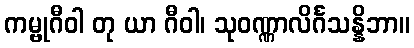
ကမ္ဗုဂီဝါ တု ယာ ဂီဝါ၊ သုဝဏ္ဏာလိင်္ဂသန္နိဘာ။